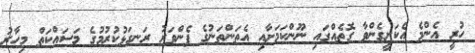
ހުރީ އެންމެ އެކަށީގެންވާ ގޮތެއްގައި ނޫންކަމަށާއި އެތަންތަނުގެ ފެންވަރު ރަނގަޅުކުރުމުގެ މަސައްކަތް މިހާރު